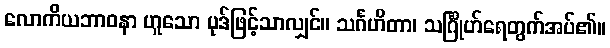
လောကိယဘာဝနာ ဟူသော ပုဒ်ဖြင့်သာလျှင်။ သင်္ဂဟိတာ၊ သင်္ဂြိုဟ်ရေတွက်အပ်၏။